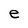
Character: e